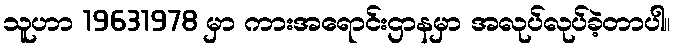
သူဟာ 19631978 မှာ ကားအရောင်းဌာနမှာ အလုပ်လုပ်ခဲ့တာပါ။